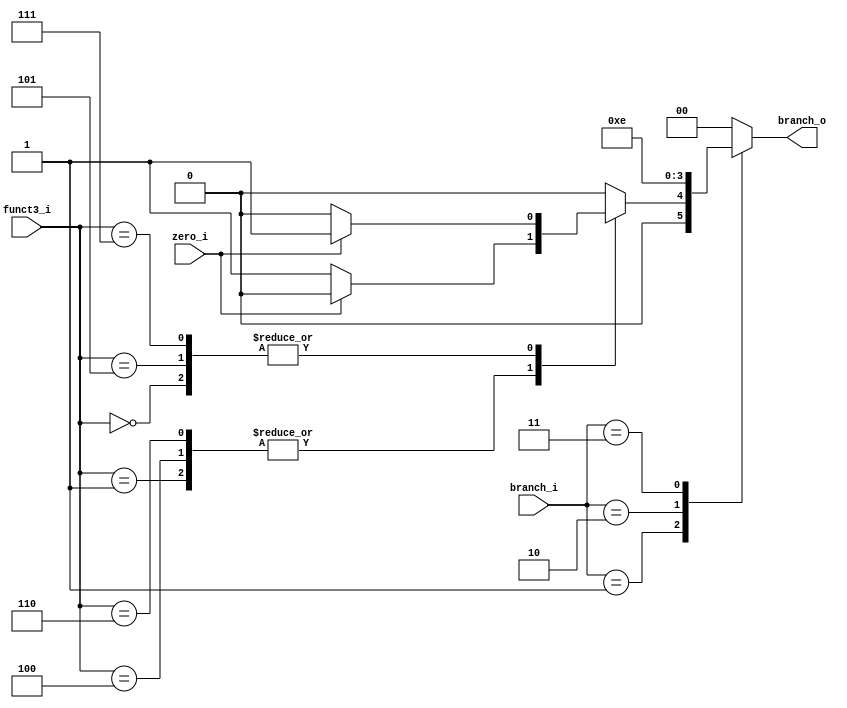
`define BEQ  3'b000
`define BNE  3'b001
`define BLT  3'b100
`define BGE  3'b101
`define BLTU 3'b110
`define BGEU 3'b111

module branch
(zero_i,
funct3_i,
branch_i,
branch_o
);

    input  zero_i;
    input  [2:0] funct3_i;
    input  [1:0] branch_i;
    reg    [1:0] branch_r;
    output [1:0] branch_o;

    always @(zero_i or funct3_i or branch_i)
    begin
        case (branch_i)
        2'b01:begin
            case(funct3_i)
                `BEQ:
                    if(zero_i)
                    begin
                        branch_r = 2'b01;
                    end
                    else
                    begin
                        branch_r = 2'b00;
                    end
                `BNE:
                    if(~zero_i)
                    begin
                        branch_r = 2'b01;
                    end
                    else
                    begin
                        branch_r = 2'b00;
                    end 
                `BLT:
                    if(~zero_i)
                    begin
                        branch_r = 2'b01;
                    end
                    else
                    begin
                        branch_r = 2'b00;
                    end 
                `BGE:
                    if(zero_i)
                    begin
                        branch_r = 2'b01;
                    end
                    else
                    begin
                        branch_r = 2'b00;
                    end 
                `BLTU:
                    if(~zero_i)
                    begin
                        branch_r = 2'b01;
                    end
                    else
                    begin
                        branch_r = 2'b00;
                    end 
                `BGEU:
                    if(zero_i)
                    begin
                        branch_r = 2'b01;
                    end
                    else
                    begin
                        branch_r = 2'b00;
                    end 
                default: 
                    branch_r = 2'b00;
            endcase
        end
        2'b10:
            branch_r = 2'b11;
        2'b11:
            branch_r = 2'b10;
        default:
            branch_r = 2'b00;
        endcase
    end

    assign branch_o = branch_r;

endmodule